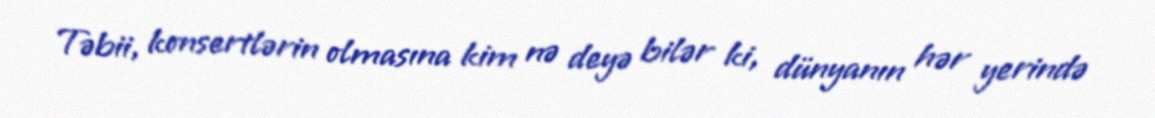
Təbii, konsertlərin olmasına kim nə deyə bilər ki, dünyanın hər yerində